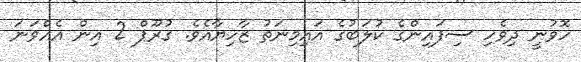
ހޮވުނީ ދިވެހި ސިފައިންގެ ކުލަބުގެ އައިމިނަތު ޒާހިޔާއެވެ. ގުރޫޕް 2 އިން އެއްވަނަ